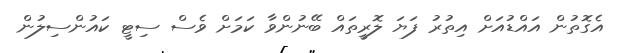
އެގޮތުން އައްޑުއަށް އިތުރު ފަޔަ ލޮރީތައް ބޭނުންވާ ކަމަށް ވެސް ސިޓީ ކައުންސިލުން